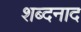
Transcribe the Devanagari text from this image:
शब्दनाद